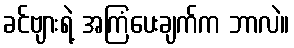
ခင်ဗျားရဲ့ အကြံပေးချက်က ဘာလဲ။